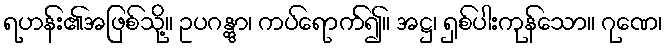
ရဟန်း၏အဖြစ်သို့။ ဥပဂန္တွာ၊ ကပ်ရောက်၍။ အဋ္ဌ၊ ရှစ်ပါးကုန်သော။ ဂုဏေ၊